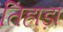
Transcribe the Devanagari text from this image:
तिहाड़ा